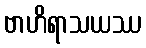
ဗာဟိရာသယဿ